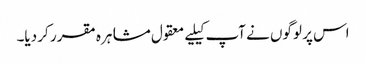
اس پر لوگوں نے آپ کیلیے معقول مشاہرہ مقرر کر دیا۔